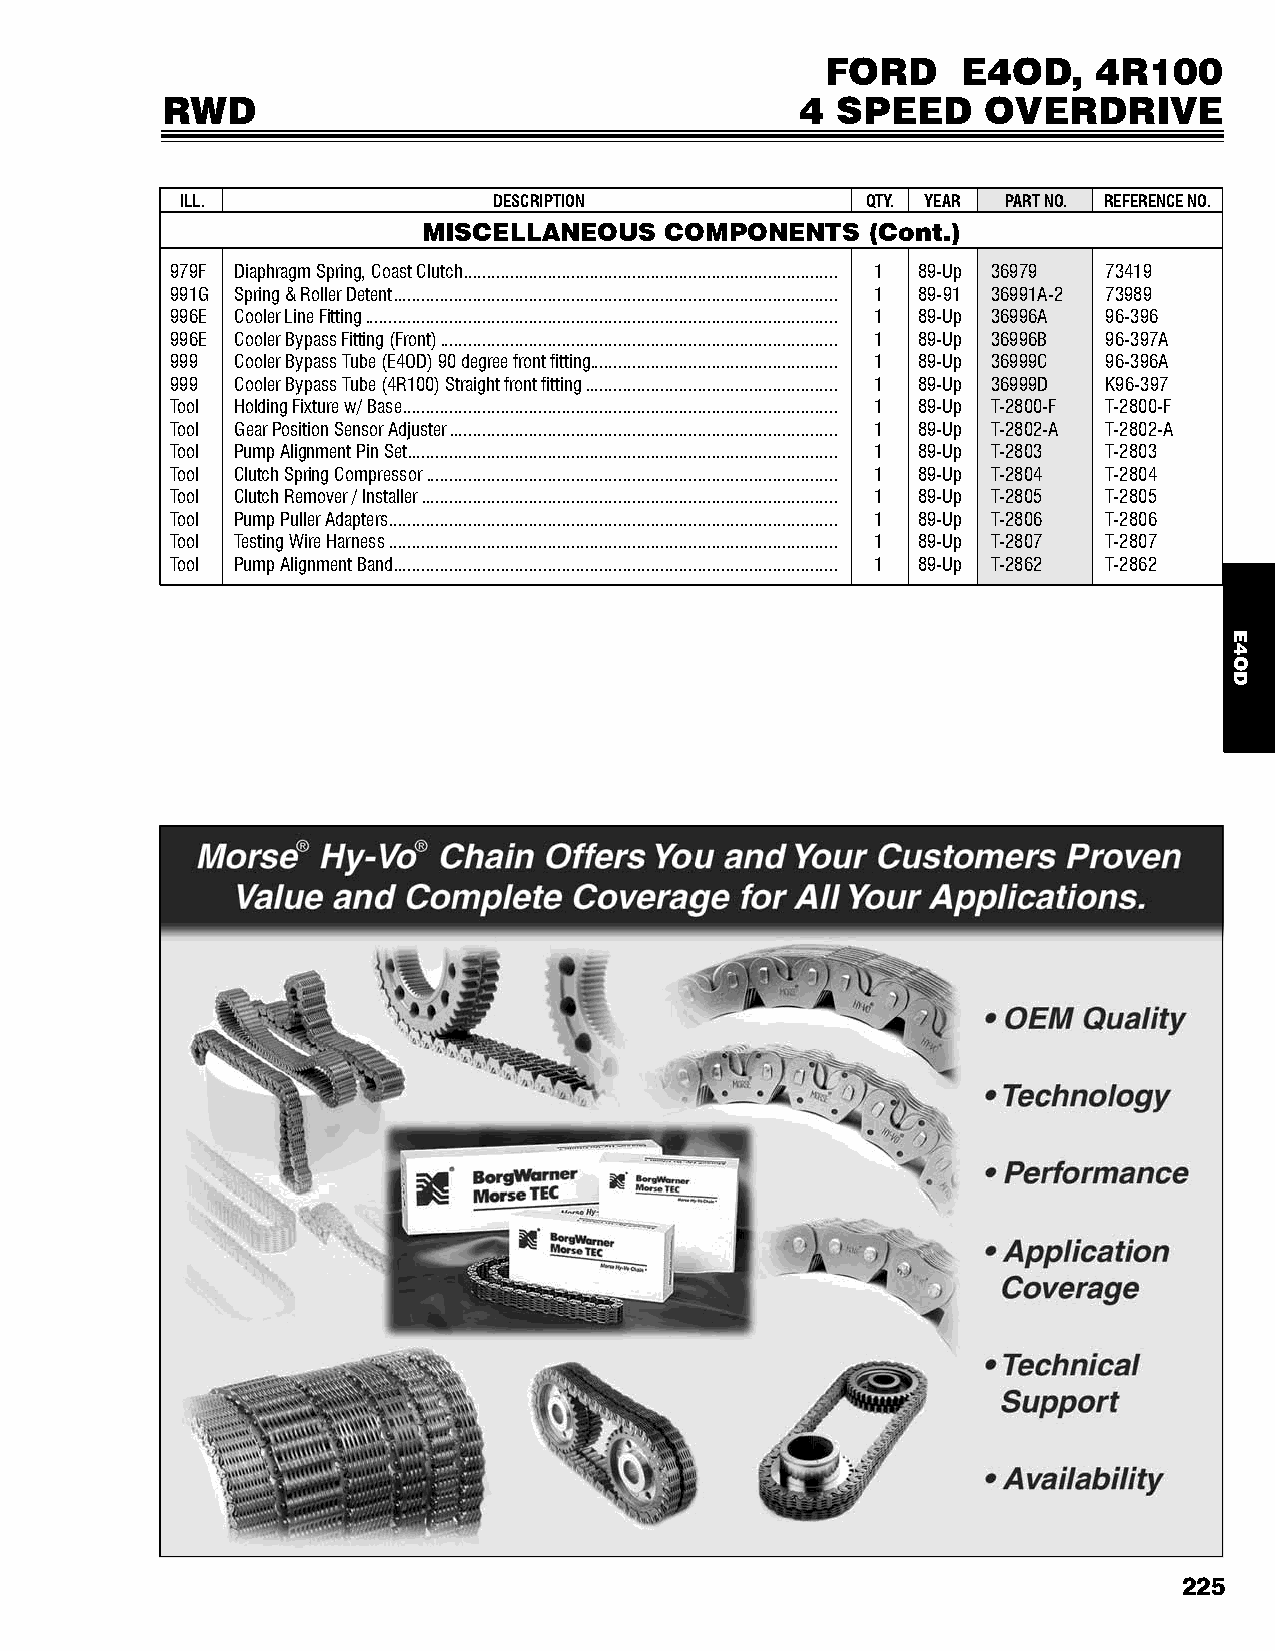
FORD     E4OD,    4R100
 RWD                                       4 SPEED     OVERDRIVE
 ill.                 DESCRiPTiON             QTY. YEAR PART NO. REFERENCE NO.
 MISCELLANEOUS   COMPONENTS   (Cont.)
 979F Diaphragm Spring, Coast Clutch ................................................................................ 1 89-Up 36979 73419
 991G Spring & Roller Detent ............................................................................................... 1 89-91 36991A-2 73989
 996E Cooler Line Fitting ..................................................................................................... 1 89-Up 36996A 96-396
 996E Cooler Bypass Fitting (Front) ..................................................................................... 1 89-Up 36996B 96-397A
 999  Cooler Bypass Tube (E4OD) 90 degree front fitting ..................................................... 1 89-Up 36999C 96-396A
 999  Cooler Bypass Tube (4R100) Straight front fitting ...................................................... 1 89-Up 36999D K96-397
 Tool Holding Fixture w/ Base ............................................................................................. 1 89-Up T-2800-F T-2800-F
 Tool Gear Position Sensor Adjuster ................................................................................... 1 89-Up T-2802-A T-2802-A
 Tool Pump Alignment Pin Set ............................................................................................ 1 89-Up T-2803 T-2803
 Tool Clutch Spring Compressor ........................................................................................ 1 89-Up T-2804 T-2804
 Tool Clutch Remover / Installer ......................................................................................... 1 89-Up T-2805 T-2805
 Tool Pump Puller Adapters ................................................................................................ 1 89-Up T-2806 T-2806
 Tool Testing Wire Harness ................................................................................................ 1 89-Up T-2807 T-2807
 Tool Pump Alignment Band ............................................................................................... 1 89-Up T-2862 T-2862
 225
 E4OD